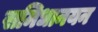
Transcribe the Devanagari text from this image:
समिधानयन